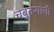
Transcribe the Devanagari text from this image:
चबुतऱ्याची